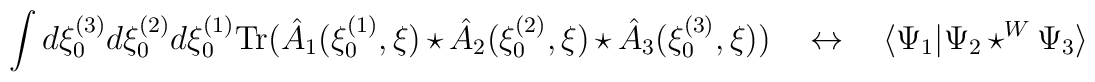
\int d\xi _{0}^{(3)}d\xi _{0}^{(2)}d\xi _{0}^{(1)}\mathrm{Tr}(\hat{A}_1(\xi _{0}^{(1)},\xi )\star \hat{A}_2(\xi _{0}^{(2)},\xi )\star \hat{A}_3(\xi _{0}^{(3)},\xi ))~~~\leftrightarrow ~~~\langle \Psi_1|\Psi_2\star ^{W}\Psi_3\rangle